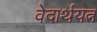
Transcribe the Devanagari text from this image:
वेदार्थयत्न